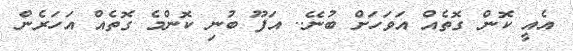
އެއީ ކޮން ގޮތެއް އަވަހަށް ބުނޭ.. އަފޫ ބުނި ކޮންމެ ގޮތެއް އަހަރެން